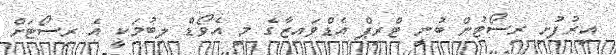
އިރުފުށި ރިސޯޓުން ބުނީ ޓްރިޕް އެޑްވައިޒާގެ މި އެވޯޑް ލިބުމަކީ އެ ރިސޯޓަށް